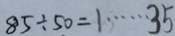
8 5 \div 5 0 = 1 \cdots 3 5